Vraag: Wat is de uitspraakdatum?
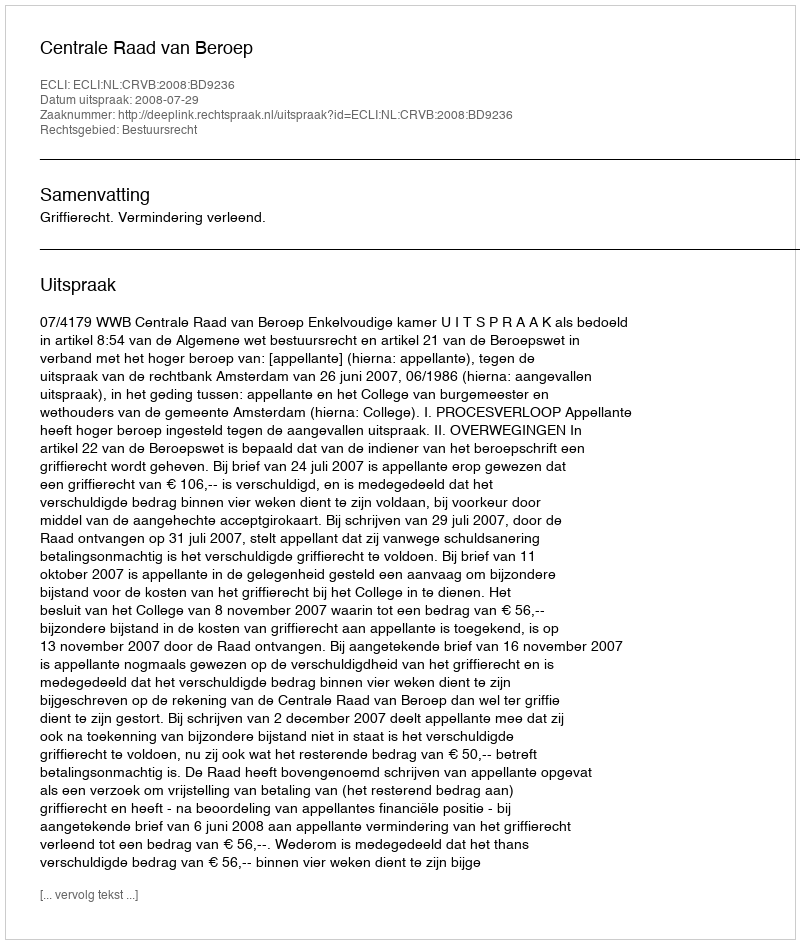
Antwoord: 2008-07-29